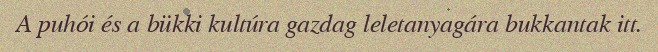
A puhói és a bükki kultúra gazdag leletanyagára bukkantak itt.